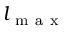
l _ { \mathrm { ~ m ~ a ~ x ~ } }